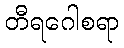
တီရဂေါစရာ